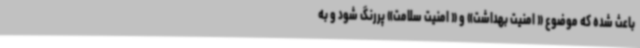
باعث شده که موضوع « امنیت بهداشت» و « امنیت سلامت» پررنگ شود و به